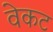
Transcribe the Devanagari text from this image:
वेकट